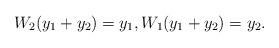
LaTeX: \begin{align*}W_2 (y_1 + y_2) = y_1, W_1 (y_1 + y_2) = y_2. \end{align*}